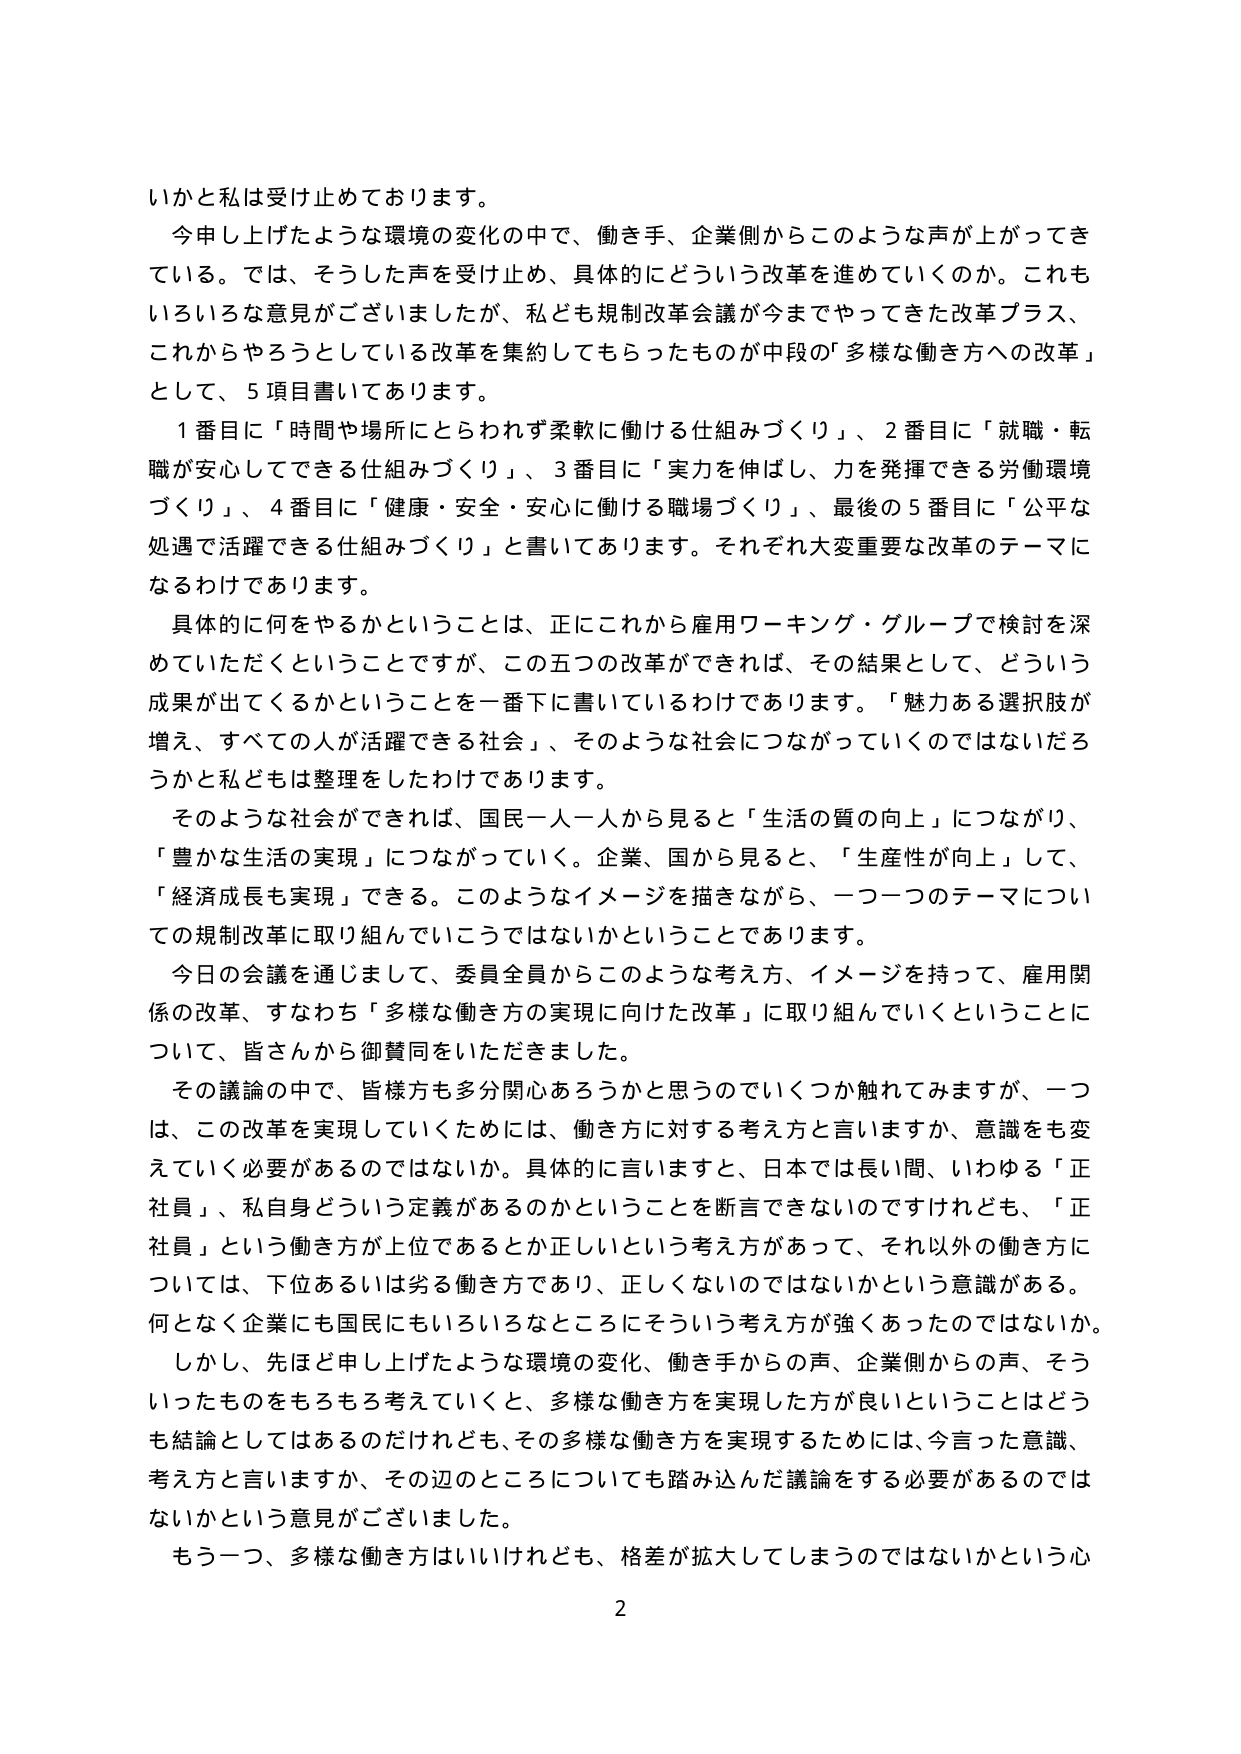
いかと私は受け止めております。

今申し上げたような環境の変化の中で、働き手、企業側からこのような声が上がってきて
いる。では、そうした声を受け止め、具体的にどういう改革を進めていくのか。これも
いろいろな意見がございましたが、私ども規制改革会議が今までやってきた改革プラス、
これからやろうとしている改革を集約してもらったものが中段の「多様な働き方への改革」
として、5項目書いてあります。

1番目に「時間や場所にとらわれず柔軟に働ける仕組みづくり」、2番目に「就職・転
職が安心してできる仕組みづくり」、3番目に「実力を伸ばし、力を発揮できる労働環境
づくり」、4番目に「健康・安全・安心に働ける職場づくり」、最後の5番目に「公平な
処遇で活躍できる仕組みづくり」と書いてあります。それぞれ大変重要な改革のテーマに
なるわけであります。

具体的に何をやるかということは、正にこれから雇用ワーキング・グループで検討を深
めていただくということですが、この五つの改革ができれば、その結果として、どういう
成果が出てくるかということを一番下に書いているわけであります。「魅力ある選択肢が
増え、すべての人が活躍できる社会」、そのような社会につながっていくのではないだろ
うかと私どもは整理をしたわけであります。

そのような社会ができれば、国民一人一人から見ると「生活の質の向上」につながり、
「豊かな生活の実現」につながっていく。企業、国から見ると、「生産性が向上」して、
「経済成長も実現」できる。このようなイメージを描きながら、一つ一つのテーマについ
ての規制改革に取り組んでいこうではないかということであります。

今日の会議を通じまして、委員全員からこのような考え方、イメージを持って、雇用関
係の改革、すなわち「多様な働き方の実現に向けた改革」に取り組んでいくということに
ついて、皆さんから御賛同をいただきました。

その議論の中で、皆様方も多分関心あろうかと思うのでいくつか触れてみますが、一つ
は、この改革を実現していくためには、働き方に対する考え方と言いますか、意識をも変
えていく必要があるのではないか。具体的に言いますと、日本では長い間、いわゆる「正
社員」、私自身どういう定義があるのかということを断言できないのですけれども、「正
社員」という働き方が上位であるとか正しいという考え方があって、それ以外の働き方に
ついては、下位あるいは劣る働き方であり、正しくないのではないかという意識がある。
何となく企業にも国民にもいろいろなところにそういう考え方が強くあったのではないか。

しかし、先ほど申し上げたような環境の変化、働き手からの声、企業側からの声、そう
いったものをもろもろ考えていくと、多様な働き方を実現した方が良いということはどう
も結論としてはあるのだけれども、その多様な働き方を実現するためには、今言った意識、
考え方と言いますか、その辺のところについても踏み込んだ議論をする必要があるのでは
ないかという意見がございました。

もう一つ、多様な働き方はいいけれども、格差が拡大してしまうのではないかという心

2